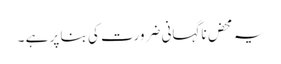
یہ محض ناگہانی ضرورت کی بنا پر ہے ۔